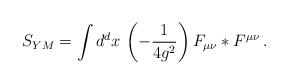
LaTeX: \begin{align*}S_{YM} = \int d^d x\, \left( -\frac{1}{4 g^2} \right) F_{\mu\nu} *F^{\mu\nu} \, . \end{align*}